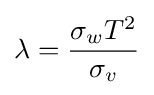
\lambda ={\frac {\sigma _{w}T^{2}}{\sigma _{v}}}